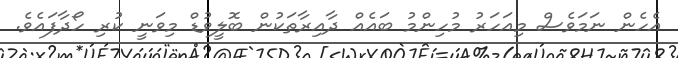
އެހެން ނަމަވެސް މިއަހަރު މުހިންމު ބައެއް ދާއިރާތަކުން ބޮލީވުޑް މިވަނީ ކުރި ހޯދާފައެވެ.